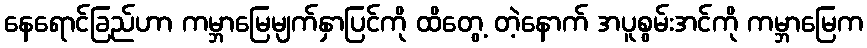
နေရောင်ခြည်ဟာ ကမ္ဘာမြေမျက်နှာပြင်ကို ထိတွေ့ တဲ့နောက် အပူစွမ်းအင်ကို ကမ္ဘာမြေက